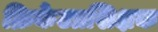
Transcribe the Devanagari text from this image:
क्रिकेटप्रशिक्षक